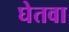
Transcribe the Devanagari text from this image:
घेतवा